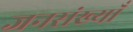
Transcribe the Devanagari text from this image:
जनसंख्याँ